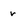
Character: r